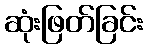
ဆုံးဖြတ်ခြင်း